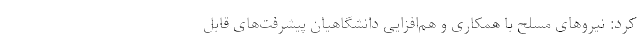
کرد: نیروهای مسلح با همکاری و هم‌افزایی دانشگاهیان پیشرفت‌های قابل